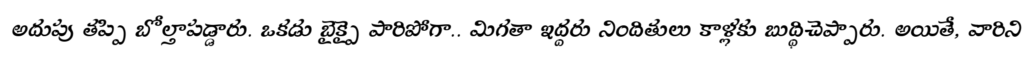
అదుపు తప్పి బోల్తాపడ్డారు. ఒకడు బైక్పై పారిపోగా.. మిగతా ఇద్దరు నిందితులు కాళ్లకు బుద్ధిచెప్పారు. అయితే, వారిని